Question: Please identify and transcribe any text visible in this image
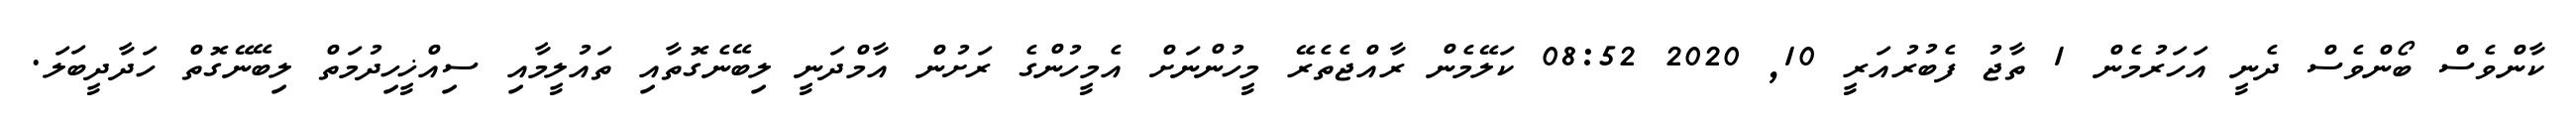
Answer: ކާންވެސް ބޯންވެސް ދެނީ އަހަރުމެން 1 ތާޖު ފެބުރުއަރީ 10, 2020 08:52 ކަލޭމެން ރާއްޖެތެރޭ މީހުންނަށް އެމީހުންގެ ރަށުން އާމްދަނީ ލިބޭނެގޮތާއި ތައުލީމާއި ސިއްޚީހިދުމަތް ލިބޭނޭގޮތް ހަދާދީބަލަ.